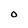
Character: O